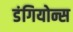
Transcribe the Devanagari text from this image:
डंगियोन्स